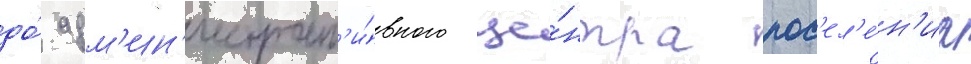
до́ адм'ин'истрат'и́вного це́нтра пос'ел'е́н'иа